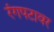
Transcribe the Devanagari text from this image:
रंगपटावर